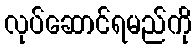
လုပ်ဆောင်ရမည်ကို